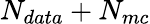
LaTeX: N_{data}+N_{mc}